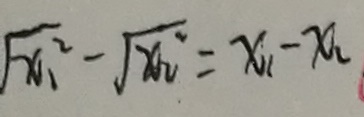
\sqrt { x _ { 1 } ^ { 2 } } - \sqrt { x _ { 2 } ^ { 2 } } = x _ { 1 } - x _ { 2 }